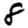
Digit: 8